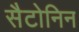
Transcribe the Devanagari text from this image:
सैटोनिन